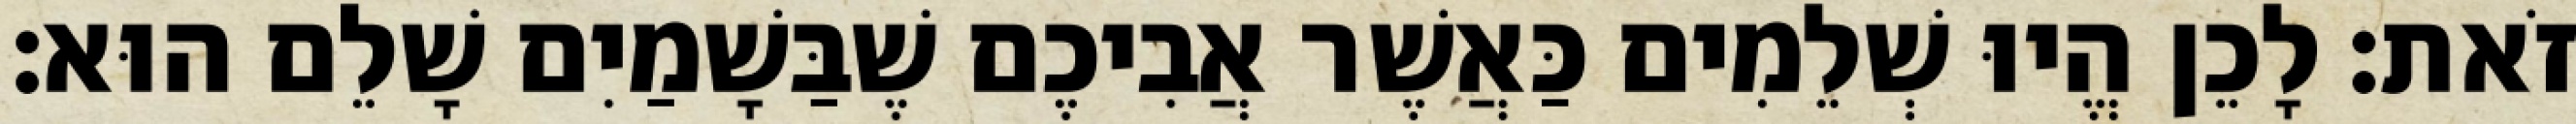
זֹאת׃ לָכֵן הֱיוּ שְׁלֵמִים כַּאֲשֶׁר אֲבִיכֶם שֶׁבַּשָׁמַיִם שָׁלֵם הוּא׃